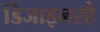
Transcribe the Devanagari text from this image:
डिजाइनरहै